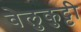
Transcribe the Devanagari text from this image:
वेलुकुट्टी